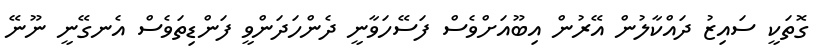
ގޮތަކީ ސައިޒު ދައްކާލުން އޭރުން އިބޫއަށްވެސް ފަސޭހަވާނީ ދެންހަދަންވީ ފަންޑިތަވެސް އެނގޭނީ ނޫނޭ